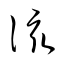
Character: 該